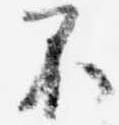
不